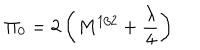
\Pi _ { 0 } = 2 \left( M ^ { 1 / 2 } + \frac { \lambda } { 4 } \right)